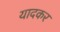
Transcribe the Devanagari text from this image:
यादकर